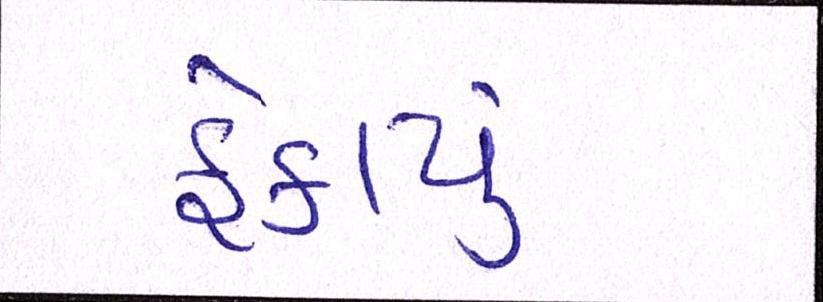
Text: ફેકાયું